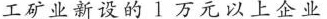
工矿业新设的1万元以上企业